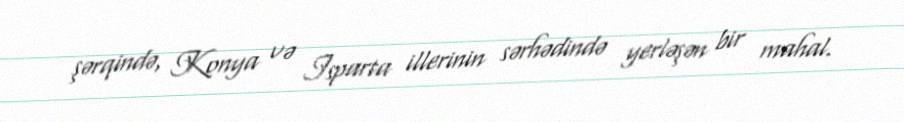
şərqində, Konya və Isparta illerinin sərhədində yerləşən bir mahal.